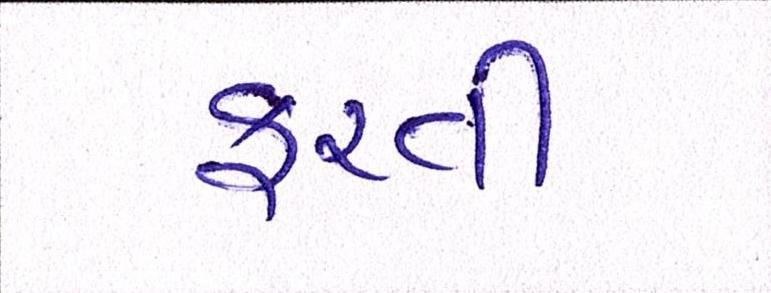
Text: ફરતી